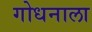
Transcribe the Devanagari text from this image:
गोधनाला